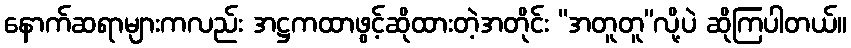
နောက်ဆရာများကလည်း အဋ္ဌကထာဖွင့်ဆိုထားတဲ့အတိုင်း “အတူတူ”လို့ပဲ ဆိုကြပါတယ်။